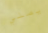
يصلي